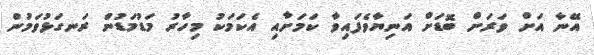
އޭނާ އަށް ވަރަަށް ބޮޑަށް އަނިޔާވެފައިވާ ކަމަށާއި އެކަމަކު މިހާރު މަޑުމަޑުން ރަނގަޅުވަމުން